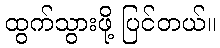
ထွက်သွားဖို့ ပြင်တယ်။